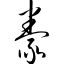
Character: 豢